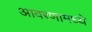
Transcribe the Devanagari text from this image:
आवरणामध्ये